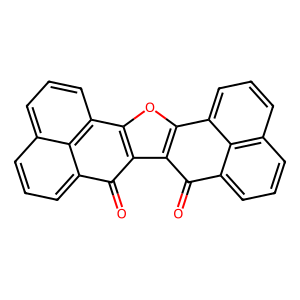
SMILES: O=C1c2c(oc3c2C(=O)c2cccc4cccc-3c24)-c2cccc3cccc1c23
Inhibits HIV replication: No